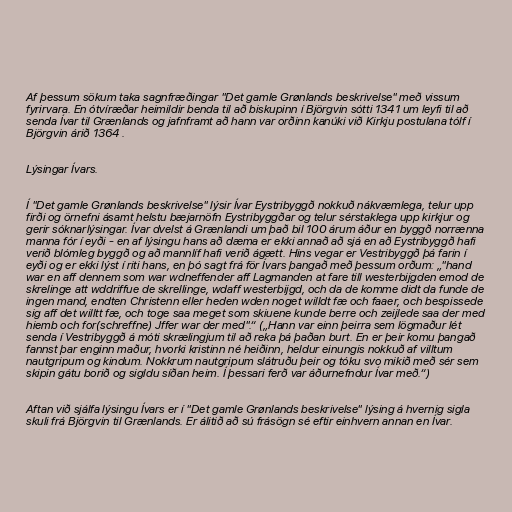
Af þessum sökum taka sagnfræðingar "Det gamle Grønlands beskrivelse" með vissum
fyrirvara. En ótvíræðar heimildir benda til að biskupinn í Björgvin sótti 1341 um leyfi til að
senda Ívar til Grænlands og jafnframt að hann var orðinn kanúki við Kirkju postulana tólf í
Björgvin árið 1364 .

Lýsingar Ívars.

Í "Det gamle Grønlands beskrivelse" lýsir Ívar Eystribyggð nokkuð nákvæmlega, telur upp
firði og örnefni ásamt helstu bæjarnöfn Eystribyggðar og telur sérstaklega upp kirkjur og
gerir sóknarlýsingar. Ívar dvelst á Grænlandi um það bil 100 árum áður en byggð norrænna
manna fór í eyði - en af lýsingu hans að dæma er ekki annað að sjá en að Eystribyggð hafi
verið blómleg byggð og að mannlíf hafi verið ágætt. Hins vegar er Vestribyggð þá farin í
eyði og er ekki lýst í riti hans, en þó sagt frá för Ívars þangað með þessum orðum: „"hand
war en aff dennem som war wdneffender aff Lagmanden at fare till westerbijgden emod de
skrelinge att wddriffue de skrellinge, wdaff westerbijgd, och da de komme didt da funde de
ingen mand, endten Christenn eller heden wden noget willdt fæ och faaer, och bespissede
sig aff det willtt fæ, och toge saa meget som skiuene kunde berre och zeijlede saa der med
hiemb och for(schreffne) Jffer war der med".“ („Hann var einn þeirra sem lögmaður lét
senda í Vestribyggð á móti skrælingjum til að reka þá þaðan burt. En er þeir komu þangað
fannst þar enginn maður, hvorki kristinn né heiðinn, heldur einungis nokkuð af villtum
nautgripum og kindum. Nokkrum nautgripum slátruðu þeir og tóku svo mikið með sér sem
skipin gátu borið og sigldu síðan heim. Í þessari ferð var áðurnefndur Ívar með.“)

Aftan við sjálfa lýsingu Ívars er í "Det gamle Grønlands beskrivelse" lýsing á hvernig sigla
skuli frá Björgvin til Grænlands. Er álitið að sú frásögn sé eftir einhvern annan en Ívar.